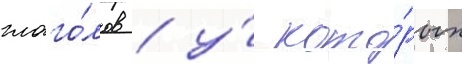
глаго́лов / у́ кото́рых